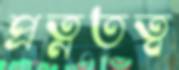
প্রত্নতত্ব